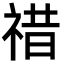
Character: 䄍